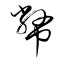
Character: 幣